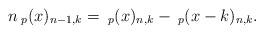
LaTeX: \begin{align*}n\:_{p}(x)_{n-1,k}=\:_{p}(x)_{n,k}- \:_{p}(x-k)_{n,k}.\end{align*}